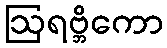
ဩရဗ္ဘိကော